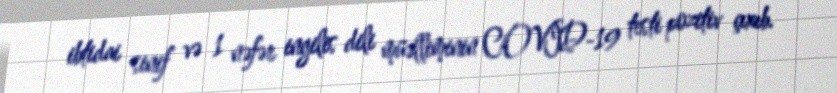
ibtidai sinif və 1 nəfər ingilis dili müəlliminin COVİD-19 testi pozitiv çıxıb.